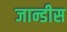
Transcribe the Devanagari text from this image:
जान्डीस